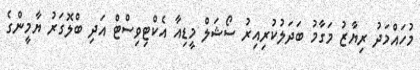
މުހައްމަދު ރިޔާޒު މަގާމު ބަދަލުކުރިއިރު ސޯޝަލް މީޑިއާ އެކްޓިވިސްޓް އަދި ބްލޮގަރު ޔާމީންގެ